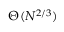
\Theta ( N ^ { 2 / 3 } )